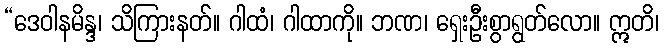
“ဒေဝါနမိန္ဒ၊ သိကြားနတ်။ ဂါထံ၊ ဂါထာကို။ ဘဏ၊ ရှေးဦးစွာရွတ်လော။ ဣတိ၊